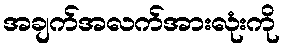
အချက်အလက်အားလုံးကို